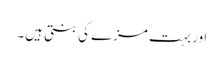
اور بہت مزے کی بنتی ہیں۔